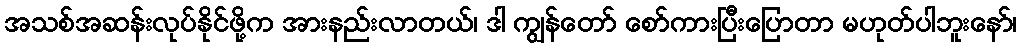
အသစ်အဆန်းလုပ်နိုင်ဖို့က အားနည်းလာတယ်၊ ဒါ ကျွန်တော် စော်ကားပြီးပြောတာ မဟုတ်ပါဘူးနော်၊